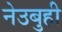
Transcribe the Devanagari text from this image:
नेउबुही